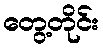
တွေ့တိုင်း